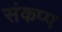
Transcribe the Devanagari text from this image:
संकप्प